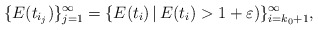
\begin{align*} \{E(t_{i_j})\}_{j=1}^{\infty} = \{ E(t_i)\, | \, E(t_i) > 1 + \varepsilon)\}_{i=k_0+1}^{\infty}, \end{align*}